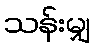
သန်းမျှ